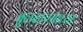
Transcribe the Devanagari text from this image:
बुलढाण्याच्या